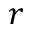
r